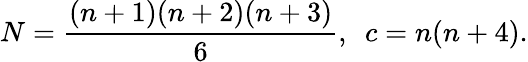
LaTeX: N=\frac{(n+1)(n+2)(n+3)}{6},\ \ c=n(n+4).